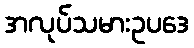
အလုပ်သမားဥပဒေ